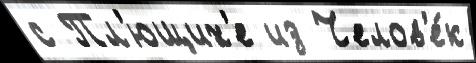
с Пл'ющих'е из Челов'е́к